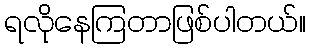
ရလိုနေကြတာဖြစ်ပါတယ်။